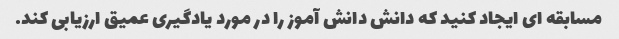
مسابقه ای ایجاد کنید که دانش دانش آموز را در مورد یادگیری عمیق ارزیابی کند.